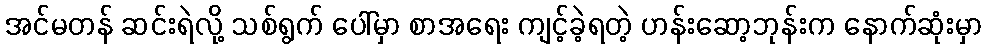
အင်မတန် ဆင်းရဲလို့ သစ်ရွက် ပေါ်မှာ စာအရေး ကျင့်ခဲ့ရတဲ့ ဟန်းဆော့ဘုန်းက နောက်ဆုံးမှာ